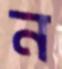
ন